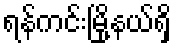
ရန်ကင်းမြို့နယ်ရှိ